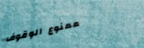
ممنوع الوقوف